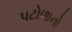
પટોળાનો